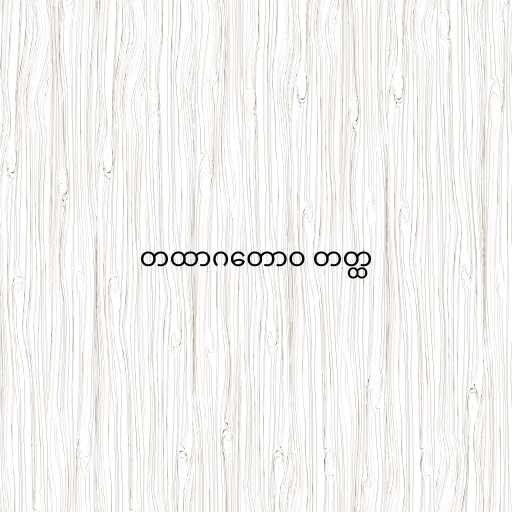
တထာဂတောဝ တတ္ထ